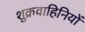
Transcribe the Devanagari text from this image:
शुक्रवाहिनियों